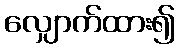
လျှောက်ထား၍